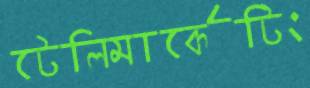
টেলিমার্কেটিং